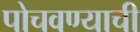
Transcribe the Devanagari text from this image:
पोचवण्‍याची